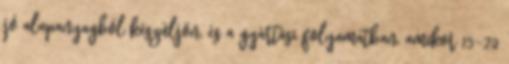
jó alapanyagból készüljön, és a gyártási folyamatban, amikor 15-20